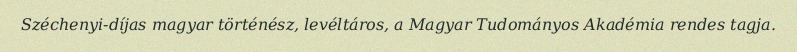
Széchenyi-díjas magyar történész, levéltáros, a Magyar Tudományos Akadémia rendes tagja.